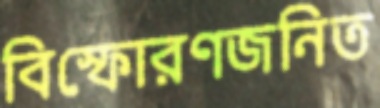
বিস্ফোরণজনিত